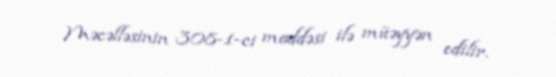
Məcəlləsinin 308-1-ci maddəsi ilə müəyyən edilir.